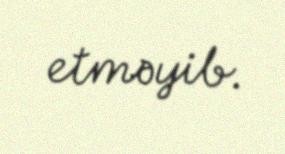
etməyib.